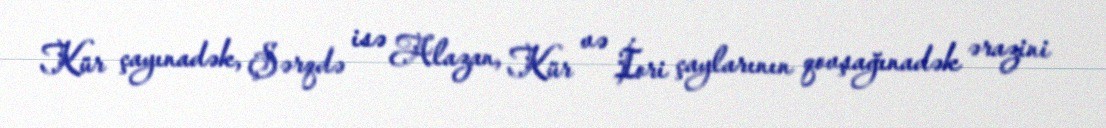
Kür çayınadək, Şərqdə isə Alazan, Kür və İori çaylarının qovşağınadək ərazini